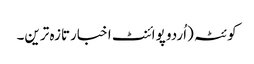
کوئٹہ (اُردو پوائنٹ اخبارتازہ ترین۔